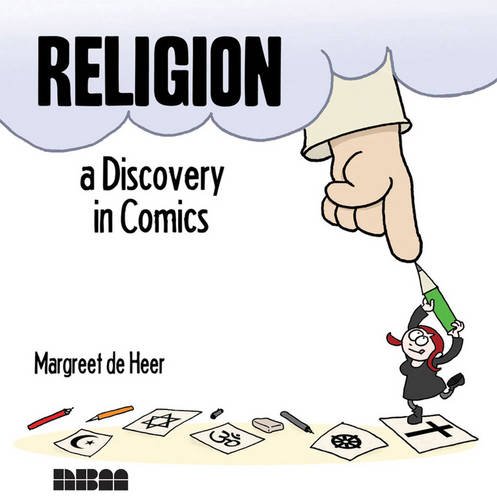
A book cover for Religion: A Discovery in Comics; Margreet de Heer; Comics & Graphic Novels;